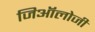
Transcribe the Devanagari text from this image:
जिऑलोजी